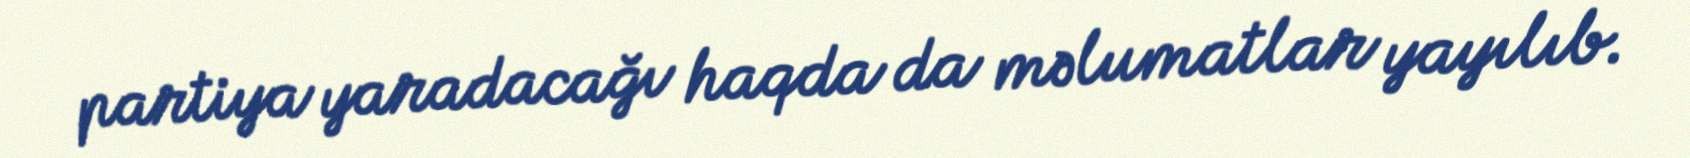
partiya yaradacağı haqda da məlumatlar yayılıb.